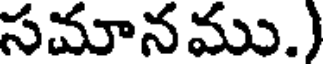
సమానము.)